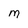
Character: M